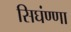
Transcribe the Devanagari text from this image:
सिघंण्णा